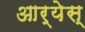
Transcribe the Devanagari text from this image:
आर्येस्